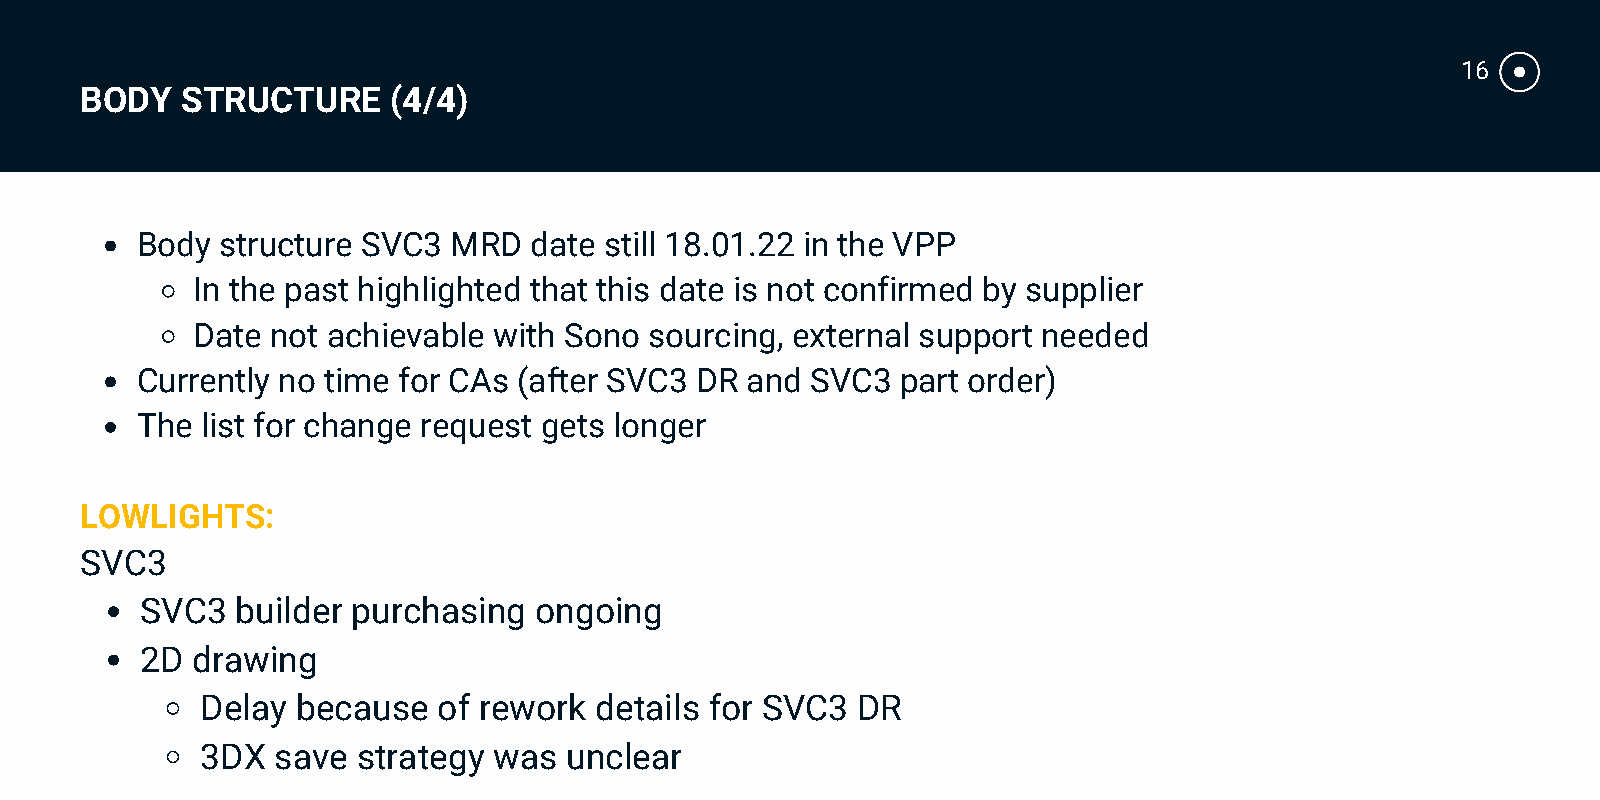
16
 BODY   STRUCTURE     (4/4)
 Body  structure SVC3 MRD  date still 18.01.22 in the VPP
 In the past highlighted that this date is not confirmed by supplier
 Date not achievable with Sono sourcing, external support needed
 Currently no time for CAs (after SVC3 DR and SVC3  part order)
 The list for change request gets longer
 LOWLIGHTS:
 SVC3
 SVC3   builder purchasing ongoing
 2D  drawing
 Delay  because  of rework details for SVC3  DR
 3DX  save  strategy was unclear